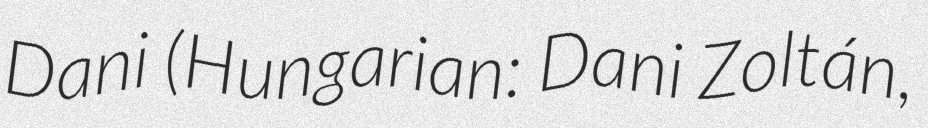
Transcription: Dani (Hungarian: Dani Zoltán,